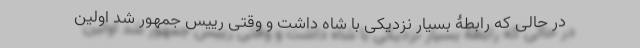
در حالی که رابطۀ بسیار نزدیکی با شاه داشت و وقتی رییس جمهور شد اولین